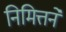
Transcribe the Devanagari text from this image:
निमित्तने